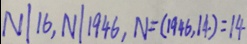
N \vert 1 6 , N \vert 1 9 4 6 , N = ( 1 9 4 6 , 1 4 ) = 1 4